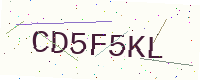
Text: CD5F5KL